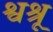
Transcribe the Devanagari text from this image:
श्वश्रू